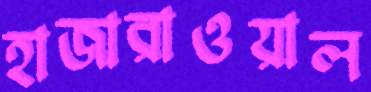
হাজারাওয়াল